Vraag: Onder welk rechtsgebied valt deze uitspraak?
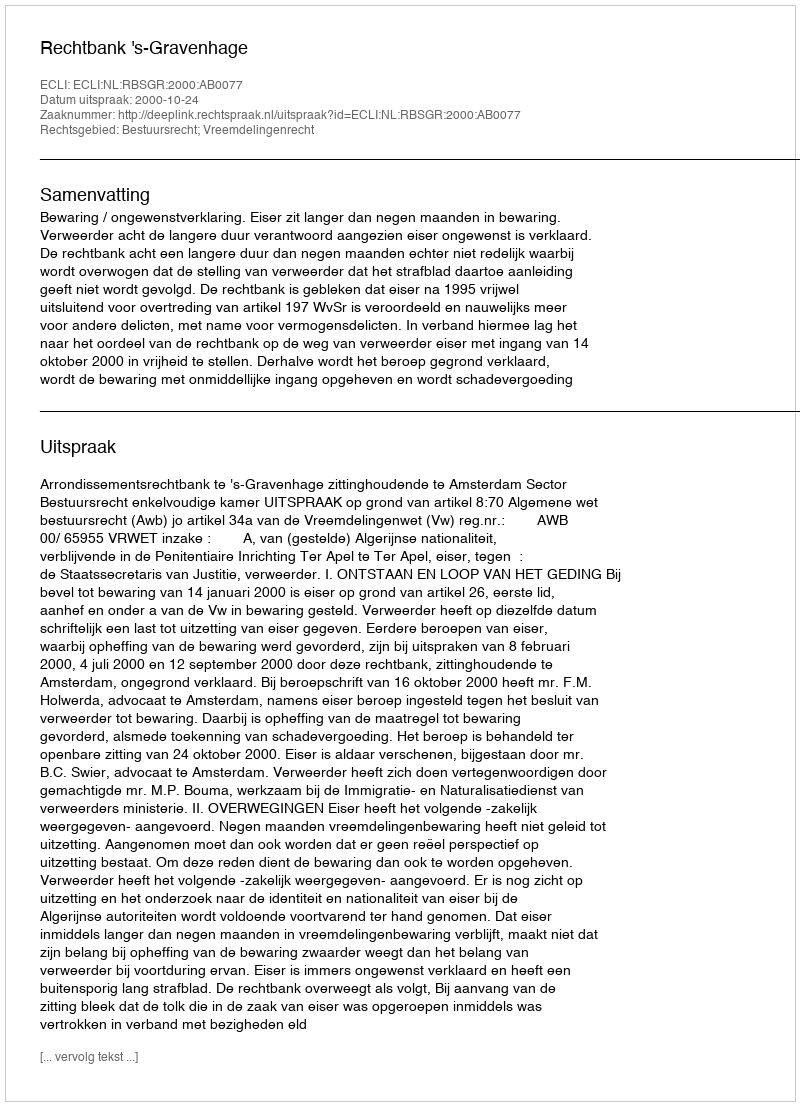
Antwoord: Bestuursrecht; Vreemdelingenrecht